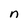
Character: n